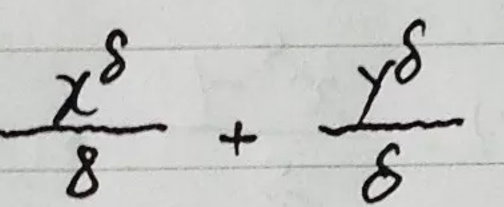
$\frac{x^{8}}{8}+\frac{y^{8}}{8}$